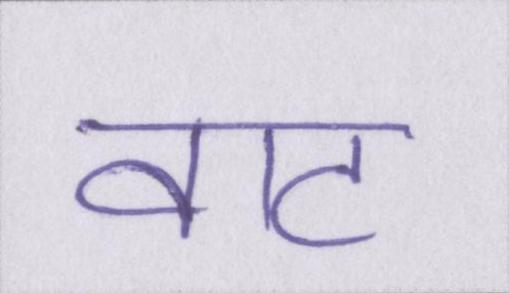
वाट